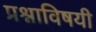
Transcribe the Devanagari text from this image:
प्रश्नाविषयी